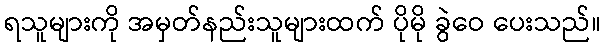
ရသူများကို အမှတ်နည်းသူများထက် ပိုမို ခွဲဝေ ပေးသည်။